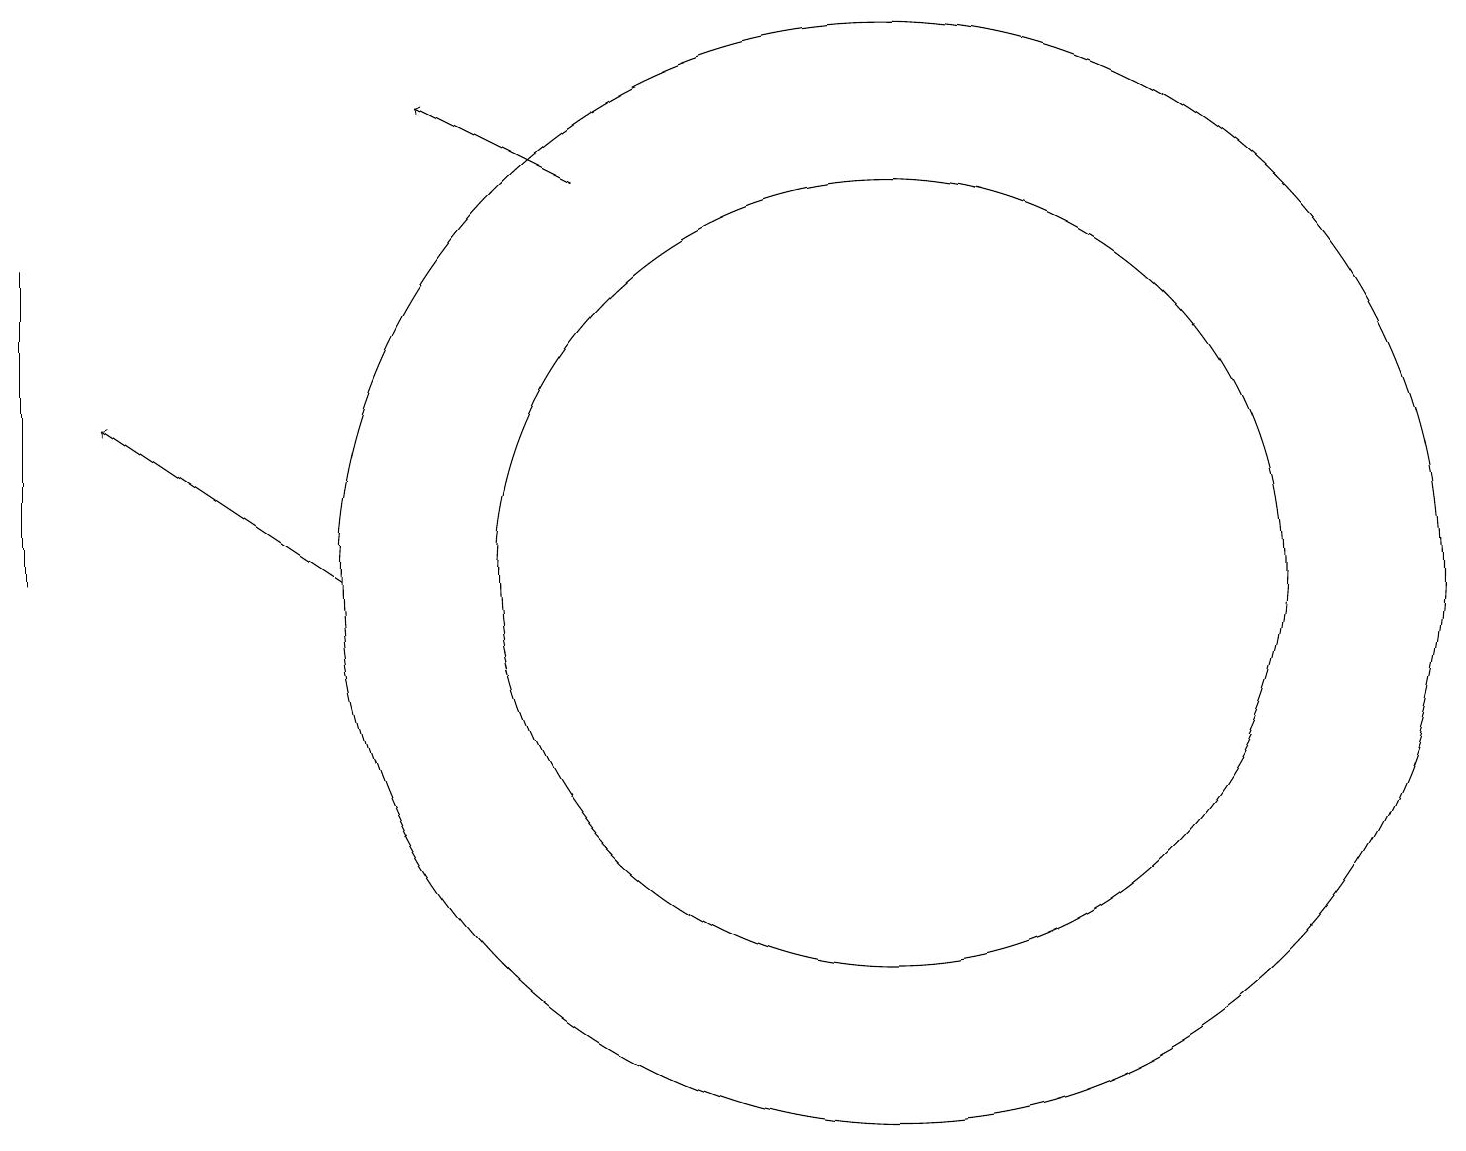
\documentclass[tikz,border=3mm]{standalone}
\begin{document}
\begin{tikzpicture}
\draw (11,11) circle (7);
\draw[->] (4,11) -- (1,13);
\draw (11,11) circle (5);
\draw[->] (7,16) -- (5,17);
\draw (0,11) rectangle (0,15);
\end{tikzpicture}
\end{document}